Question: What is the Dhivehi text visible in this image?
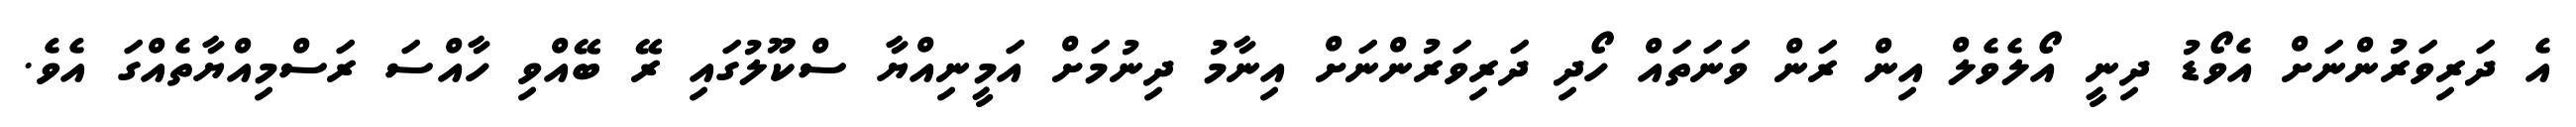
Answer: އެ ދަރިވަރުންނަށް އެވޯޑު ދިނީ އޯލެވެލް އިން ރަން ވަނަތައް ހޯދި ދަރިވަރުންނަށް އިނާމު ދިނުމަށް އަމީނިއްޔާ ސްކޫލުގައި ރޭ ބޭއްވި ހާއްސަ ރަސްމިއްޔާތެއްގަ އެވެ.